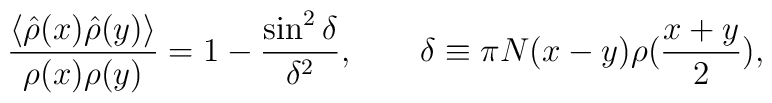
{{\langle \hat{\rho}(x) \hat{\rho}(y) \rangle} \over{\rho(x)\rho(y)}}= 1-{{\sin^2 \delta} \over {\delta^2}}, \quad\quad \delta \equiv\pi N (x-y) \rho({{x+y} \over 2}),